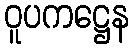
ဝူပကဋ္ဌေန